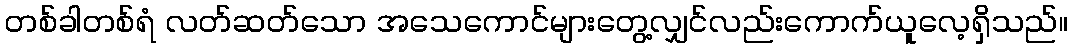
တစ်ခါတစ်ရံ လတ်ဆတ်သော အသေကောင်များတွေ့လျှင်လည်းကောက်ယူလေ့ရှိသည်။